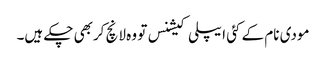
مودی نام کے کئی ایپلی کیشنس تو وہ لانچ کربھی چکے ہیں۔